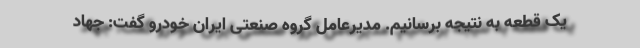
یک قطعه به نتیجه برسانیم. مدیرعامل گروه صنعتی ایران خودرو گفت: جهاد